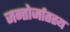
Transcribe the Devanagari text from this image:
जन्तोर्जातस्य